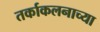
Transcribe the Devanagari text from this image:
तर्काकलनाच्या